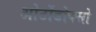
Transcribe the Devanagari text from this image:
ओर्टोडोक्सो